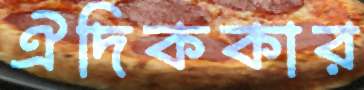
ঐদিককার